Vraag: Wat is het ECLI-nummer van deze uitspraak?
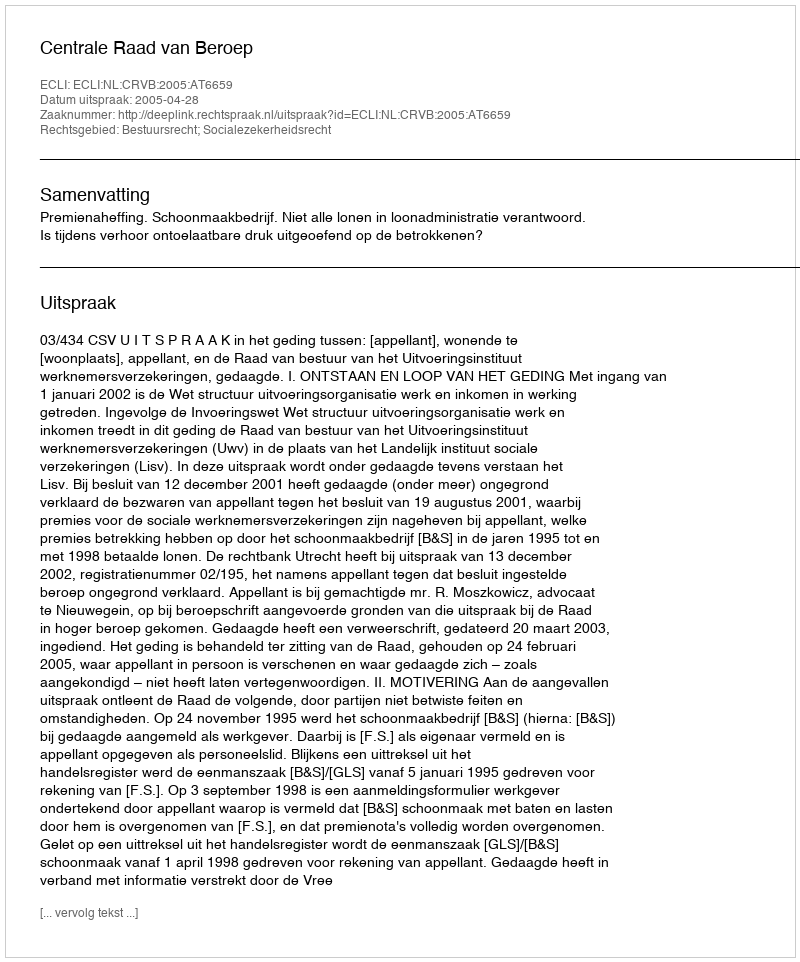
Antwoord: ECLI:NL:CRVB:2005:AT6659